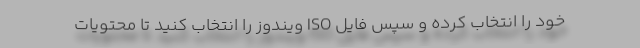
خود را انتخاب کرده و سپس فایل ISO ویندوز را انتخاب کنید تا محتویات